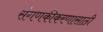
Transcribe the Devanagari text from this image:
संगणकीकरणासाठी